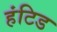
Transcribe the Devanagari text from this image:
हंटिड